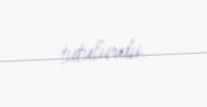
tutulurdu.